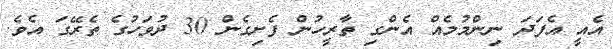
އެއީ އެފަދަ ނިންމުމެއް އެންގި ތާރީހުން ފެށިގެން 30 ދުވަހުގެ ތެރޭގަ އެވެ.